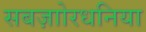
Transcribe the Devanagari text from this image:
सबज़ाोरधनिया